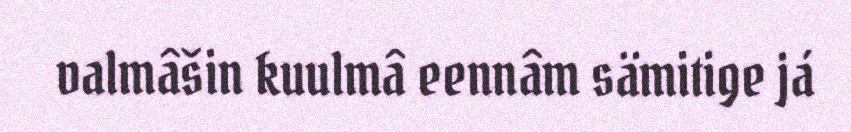
valmâšin kuulmâ eennâm sämitige já